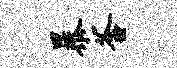
暴釜